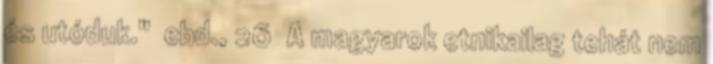
és utóduk." ebd., 26 A magyarok etnikailag tehát nem